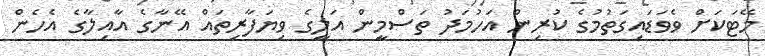
މޭޓަކަށް ވެވަޑައިގަތުމުގެ ކުރިން އަހުމަދު ތަސްމީން އަލީގެ ވިޔަފާރިތައް އޭނާގެ އާއިލާގެ އެހެން